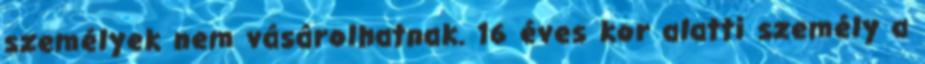
személyek nem vásárolhatnak. 16 éves kor alatti személy a